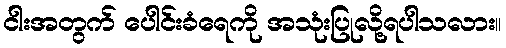
ငါးအတွက် ပေါင်းခံရေကို အသုံးပြုလို့ရပါသလား။